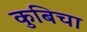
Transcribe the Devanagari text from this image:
कुबिचा